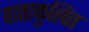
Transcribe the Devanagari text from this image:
वाताकुलित